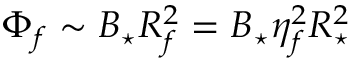
\Phi _ { f } \sim B _ { \star } R _ { f } ^ { 2 } = B _ { \star } \eta _ { f } ^ { 2 } R _ { \star } ^ { 2 }